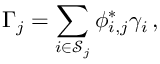
\Gamma _ { j } = \sum _ { i \in \mathscr { S } _ { j } } \phi _ { i , j } ^ { \ast } \gamma _ { i } \, ,